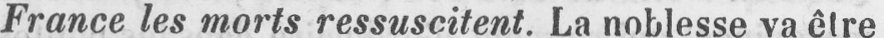
France les morts ressuscitent. La noblesse va être